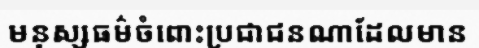
មនុស្សធម៌ចំពោះប្រជាជនណាដែលមាន